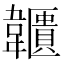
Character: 𩏱